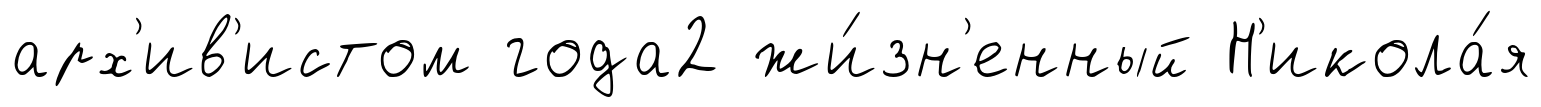
арх'ив'истом года2 жи́зн'енный Н'икола́я